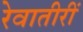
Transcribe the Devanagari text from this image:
रेवातीरीं